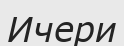
Ичери